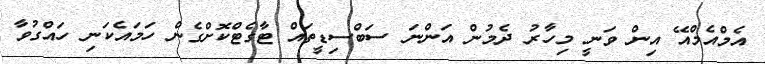
އެމްއެމްއޭ އިން ވަނީ މިހާރު ދެމުން އަންނަ ސަބްސިޑީތައް ޓާގެޓްކޮށްގެން ހަމައެކަނި ހައްގުވާ